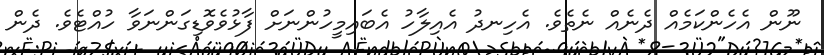
ނޫން އެހެންކަމެއް ދެނެއް ނެތެވެ. އެހިނދު އެއިލާހު އެބައިމީހުންނަށް ފާޅުވެވޮޑިގަންނަވާ ހުއްޓެވެ. ދެން